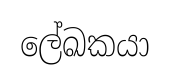
ලේඛකයා